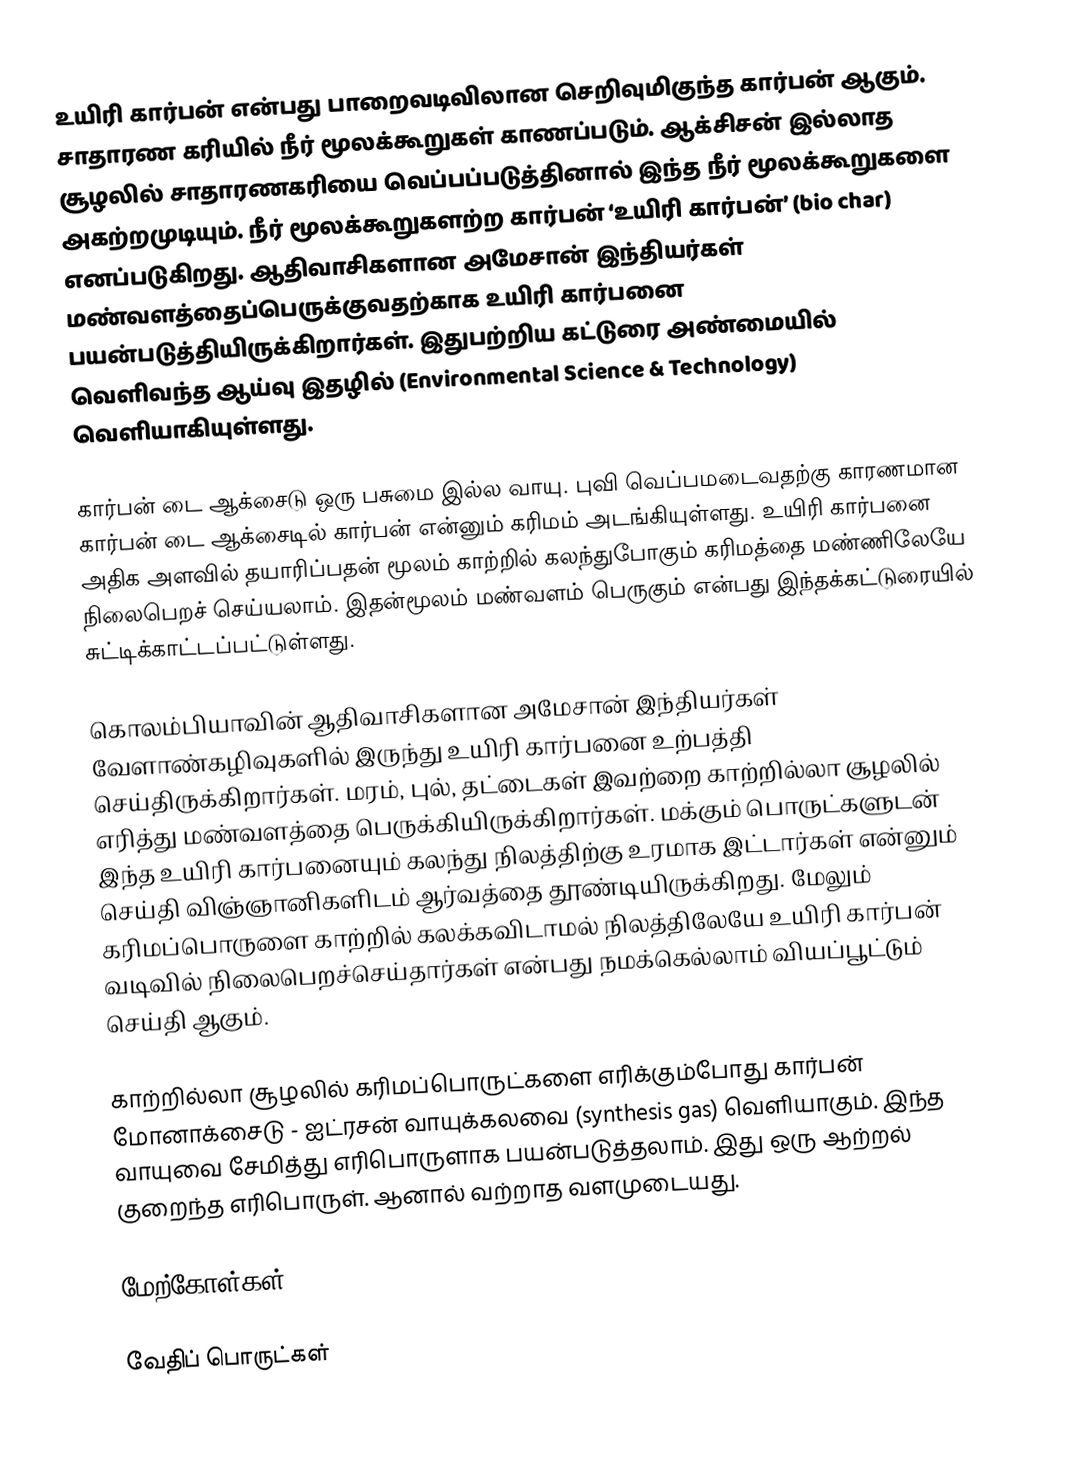
உயிரி கார்பன் என்பது பாறைவடிவிலான செறிவுமிகுந்த கார்பன் ஆகும். சாதாரண கரியில் நீர் மூலக்கூறுகள் காணப்படும். ஆக்சிசன் இல்லாத சூழலில் சாதாரணகரியை வெப்பப்படுத்தினால் இந்த நீர் மூலக்கூறுகளை அகற்றமுடியும். நீர் மூலக்கூறுகளற்ற கார்பன் ‘உயிரி கார்பன்’ (bio char) எனப்படுகிறது. ஆதிவாசிகளான அமேசான் இந்தியர்கள் மண்வளத்தைப்பெருக்குவதற்காக உயிரி கார்பனை பயன்படுத்தியிருக்கிறார்கள். இதுபற்றிய கட்டுரை அண்மையில் வெளிவந்த ஆய்வு இதழில் (Environmental Science & Technology) வெளியாகியுள்ளது.

கார்பன் டை ஆக்சைடு ஒரு பசுமை இல்ல வாயு. புவி வெப்பமடைவதற்கு காரணமான கார்பன் டை ஆக்சைடில் கார்பன் என்னும் கரிமம் அடங்கியுள்ளது. உயிரி கார்பனை அதிக அளவில் தயாரிப்பதன் மூலம் காற்றில் கலந்துபோகும் கரிமத்தை மண்ணிலேயே நிலைபெறச் செய்யலாம். இதன்மூலம் மண்வளம் பெருகும் என்பது இந்தக்கட்டுரையில் சுட்டிக்காட்டப்பட்டுள்ளது.

கொலம்பியாவின் ஆதிவாசிகளான அமேசான் இந்தியர்கள் வேளாண்கழிவுகளில் இருந்து உயிரி கார்பனை உற்பத்தி செய்திருக்கிறார்கள். மரம், புல், தட்டைகள் இவற்றை காற்றில்லா சூழலில் எரித்து மண்வளத்தை பெருக்கியிருக்கிறார்கள். மக்கும் பொருட்களுடன் இந்த உயிரி கார்பனையும் கலந்து நிலத்திற்கு உரமாக இட்டார்கள் என்னும் செய்தி விஞ்ஞானிகளிடம் ஆர்வத்தை தூண்டியிருக்கிறது. மேலும் கரிமப்பொருளை காற்றில் கலக்கவிடாமல் நிலத்திலேயே உயிரி கார்பன் வடிவில் நிலைபெறச்செய்தார்கள் என்பது நமக்கெல்லாம் வியப்பூட்டும் செய்தி ஆகும்.

காற்றில்லா  சூழலில் கரிமப்பொருட்களை எரிக்கும்போது கார்பன் மோனாக்சைடு - ஐட்ரசன் வாயுக்கலவை (synthesis gas) வெளியாகும். இந்த வாயுவை சேமித்து எரிபொருளாக பயன்படுத்தலாம். இது ஒரு ஆற்றல் குறைந்த எரிபொருள். ஆனால் வற்றாத வளமுடையது.

மேற்கோள்கள்

வேதிப் பொருட்கள்